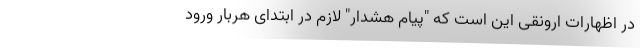
در اظهارات ارونقی این است که "پیام هشدار" لازم در ابتدای هربار ورود